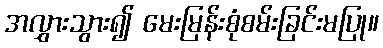
အလွှားသွား၍ မေးမြန်းစုံစမ်းခြင်းမပြု။